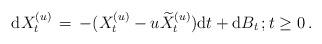
LaTeX: \begin{align*}{\mathrm d} X_{t}^{(u)}\, =\, - ( X_{t}^{(u)} - u \widetilde{X}^{(u)}_{t}) {\mathrm d} t + {\mathrm d} B_{t} \, ; t \ge 0 \,. \end{align*}